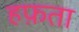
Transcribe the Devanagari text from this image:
हफ़ता